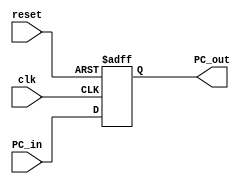
module Program_Counter (clk, reset, PC_in, PC_out);
	input clk, reset;
	input [31:0] PC_in;
	output reg [31:0] PC_out;
	always @ (posedge clk or posedge reset)
	begin
		if(reset==1'b1)
			PC_out<=0;
		else
			PC_out<=PC_in;
	end
endmodule
//Test bench
module Tbench;
    reg clk, reset;
	reg [31:0] PC_in;
	wire [31:0] PC_out;
	Program_Counter dut(clk, reset, PC_in, PC_out);
    always #5 clk=~clk;
    initial begin
        $monitor($time,"clk = %b, reset = %b, PC_in = %2d, PC_out = %2d",clk, reset, PC_in, PC_out);
                clk=0;reset=1;
            #10 reset =0;
            #10 PC_in = 6'b000111;
            #10 PC_in = 6'b010101;
            #10 PC_in = 6'b011111;
            #10 PC_in = 6'b100111;
            #10 $finish;
    end
endmodule